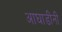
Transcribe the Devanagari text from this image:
आघाडींनी